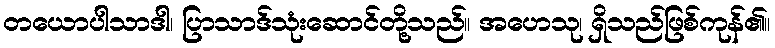
တယောပါသာဒါ၊ ပြာသာဒ်သုံးဆောင်တို့သည်။ အဟေသု၊ ရှိသည်ဖြစ်ကုန်၏။